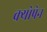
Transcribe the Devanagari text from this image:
क्योपेन